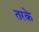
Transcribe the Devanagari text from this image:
तरक़े